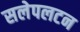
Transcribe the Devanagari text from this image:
सलेपलटन